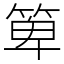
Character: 箄